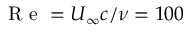
\mathrm { ~ R ~ e ~ } = U _ { \infty } c / \nu = 1 0 0